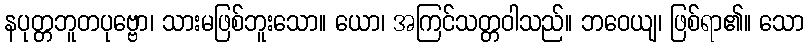
နပုတ္တဘူတပုဗ္ဗော၊ သားမဖြစ်ဘူးသော။ ယော၊ အကြင်သတ္တဝါသည်။ ဘဝေယျ၊ ဖြစ်ရာ၏။ သော